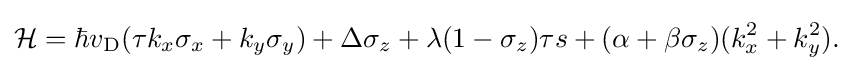
{\begin{aligned}{\cal {H}}=\hbar v_{\rm {D}}(\tau k_{x}\sigma _{x}+k_{y}\sigma _{y})+\Delta \sigma _{z}+\lambda (1-\sigma _{z})\tau s+(\alpha +\beta \sigma _{z})(k_{x}^{2}+k_{y}^{2}).\end{aligned}}